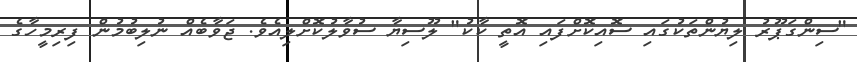
"ސިންގަޕޫރު ލިޔުންތަކުގައި ސޮއިކޮށްފައި އޮތީ ކާކު" ލޫސިޔާ ސުވާލުކޮށްލިއެވެ. ޖަވާބެއް ނުލިބުމުން ފިރިމީހާގެ